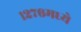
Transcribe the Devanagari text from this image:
१२७६मध्ये